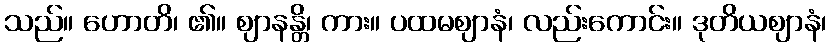
သည်။ ဟောတိ၊ ၏။ ဈာနန္တိ၊ ကား။ ပထမဈာနံ၊ လည်းကောင်း။ ဒုတိယဈာနံ၊